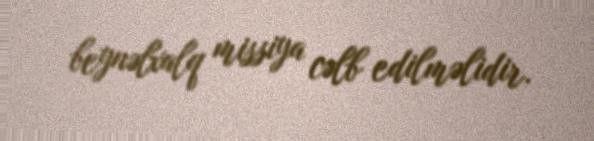
beynəlxalq missiya cəlb edilməlidir.